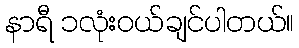
နာရီ ၁လုံးဝယ်ချင်ပါတယ်။